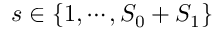
s \in \{ 1 , \cdots , S _ { 0 } + S _ { 1 } \}